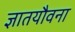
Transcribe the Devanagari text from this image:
ज्ञातयौवना